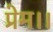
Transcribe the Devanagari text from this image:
प्रेम।।